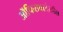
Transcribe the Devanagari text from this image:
ऑफिसवरदेखील